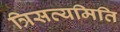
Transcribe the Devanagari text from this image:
त्रिसत्यमिति